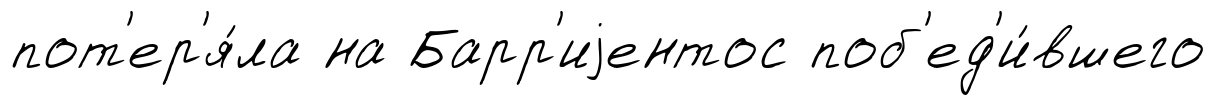
пот'ер'я́ла на Барр'иjентос поб'ед'и́вшего